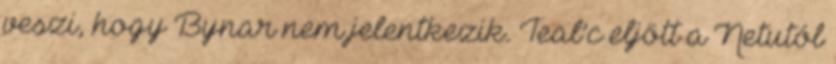
veszi, hogy Bynar nem jelentkezik. Teal’c eljött a Netutól